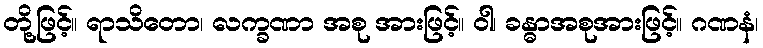
တို့ဖြင့်။ ရာသိတော၊ လက္ခဏာ အစု အားဖြင့်။ ဝါ၊ ခန္ဓာအစုအားဖြင့်။ ဂဏနံ၊